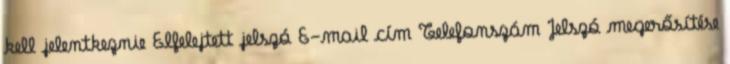
kell jelentkeznie Elfelejtett jelszó E-mail cím Telefonszám Jelszó megerősítése